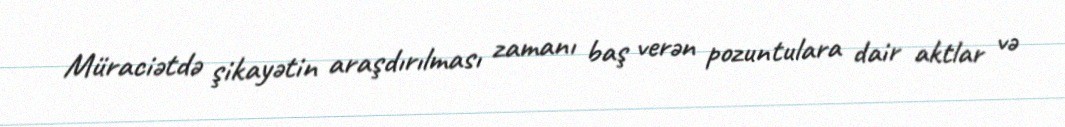
Müraciətdə şikayətin araşdırılması zamanı baş verən pozuntulara dair aktlar və